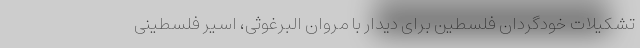
تشکیلات خودگردان فلسطین برای دیدار با مروان البرغوثی، اسیر فلسطینی